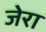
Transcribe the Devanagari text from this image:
जेरा